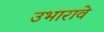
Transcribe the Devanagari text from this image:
उभारावे